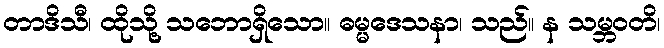
တာဒိသီ၊ ထိုသို့ သဘောရှိသော။ ဓမ္မဒေသနာ၊ သည်။ န သမ္ဘဝတိ၊